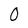
Character: 0